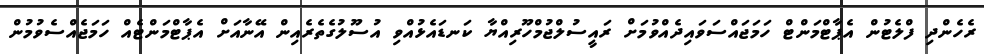
ރެހެންދި ފްލެޓުން އެޕާޓްމަންޓް ހަމަޖައްސަވައިދެއްވުމަށް ރައީސުލްޖުމްހޫރިއްޔާ ކަނޑައެޅުއްވި އުސޫލުގެތެރެއިން އޭނާއަށް އެޕާޓްމަންޓެއް ހަމަޖެއްސެވުމުން